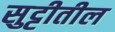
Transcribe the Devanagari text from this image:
सुट्टीतील